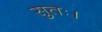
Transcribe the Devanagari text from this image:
सुतः।